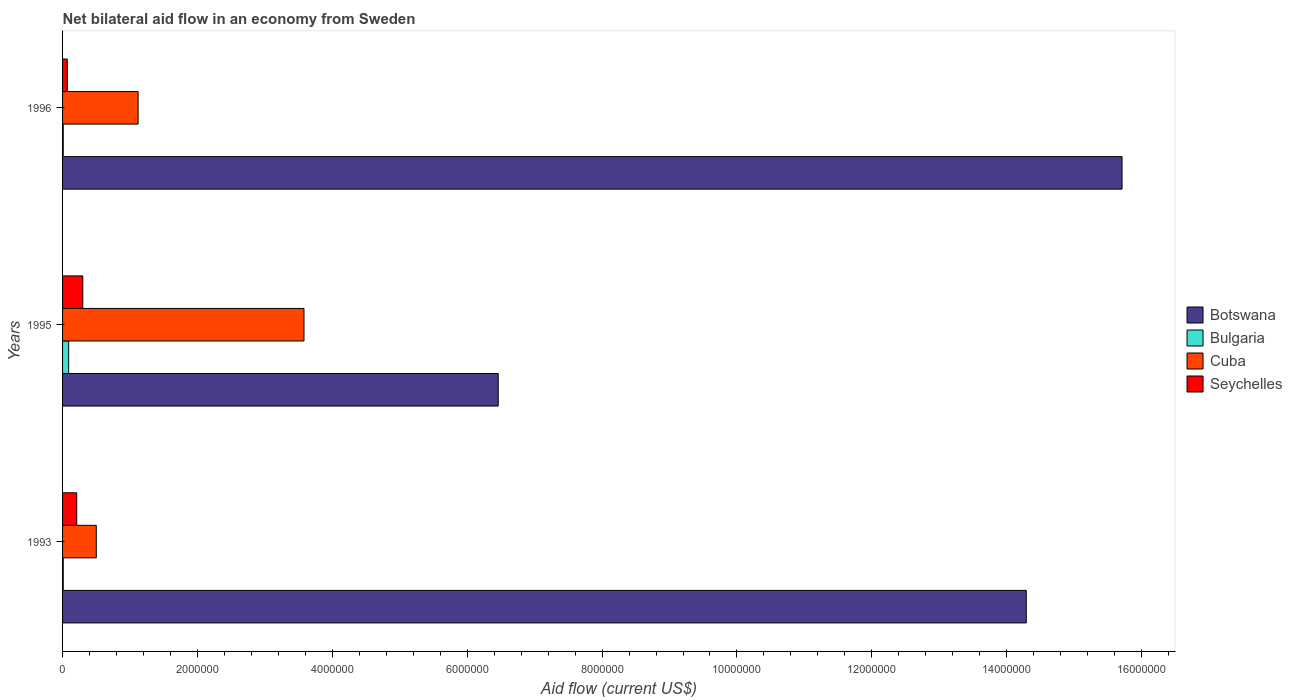
| Years | Botswana | Bulgaria | Cuba | Seychelles |
 | --- | --- | --- | --- | --- |
 | 1993 | 1.43e+07 | 1e+04 | 5e+05 | 2.1e+05 |
 | 1995 | 6.46e+06 | 9e+04 | 3.58e+06 | 3e+05 |
 | 1996 | 1.57e+07 | 1e+04 | 1.12e+06 | 7e+04 |